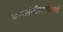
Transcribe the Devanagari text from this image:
भावसंगीतापलिकडे